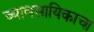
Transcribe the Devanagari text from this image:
व्यावसायिकाचा